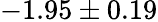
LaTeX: -1.95\pm 0.19